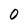
Character: 0